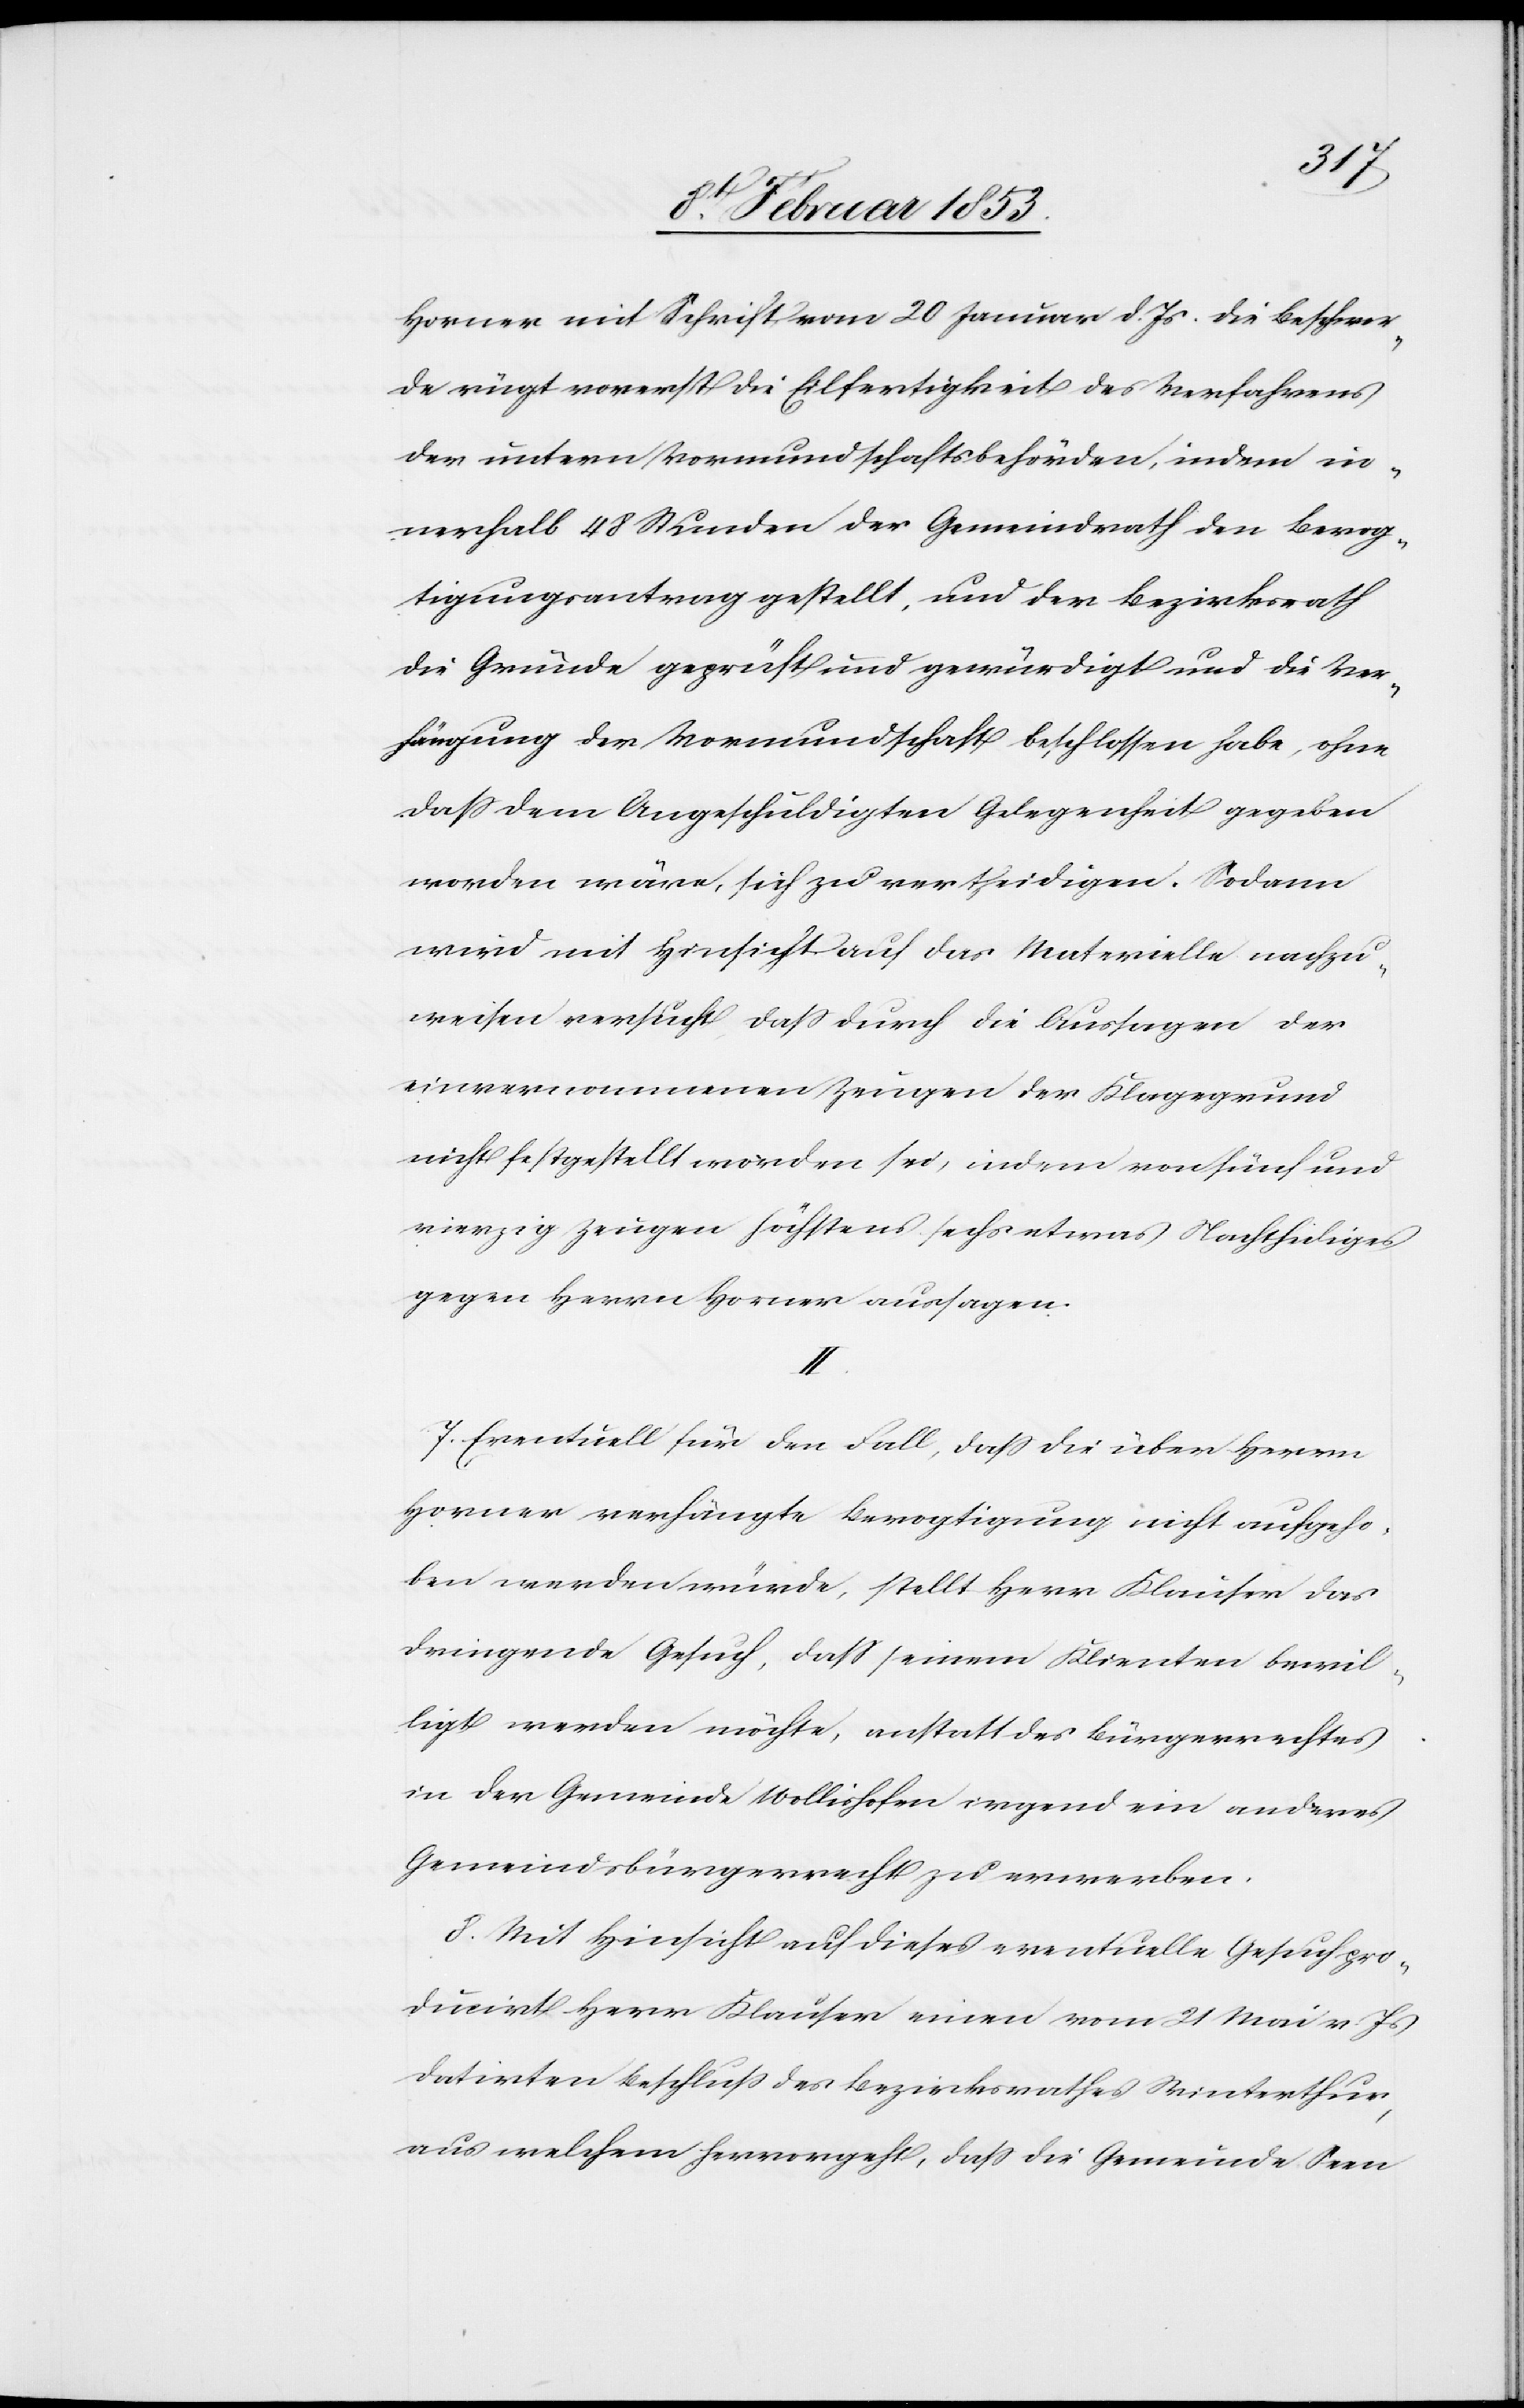
Horner mit Schrift vom 20 Januar d. Js. Die Beschwer¬
de rügt vorerst die Eilfertigkeit des Verfahrens
der untern Vormundschaftsbehörden, indem in¬
nerhalb 48 Stunden der Gemeindrath den Bevog¬
tigungsantrag gestellt, und der Bezirksrath
die Gründe geprüft und gewürdigt und die Ver¬
fügung der Vormundschaft beschlossen habe, ohne
daß dem Angeschuldigten Gelegenheit gegeben
worden wäre, sich zu vertheidigen. Sodann
wird mit Hinsicht auf das Materielle nachzu¬
weisen versucht, daß durch die Aussagen der
einvernommenen Zeugen der Klagegrund
nicht festgestellt worden sei, indem von fünf und
vierzig Zeugen höchstens sechs etwas Nachtheiliges
gegen Herrn Horner aussagen.
II.
7 Eventuell für den Fall, daß die über Herrn
Horner verhängte Bevogtigung nicht aufgeho¬
ben werden würde, stellt Herr Klauser das
dringende Gesuch, daß seinem Klienten bewil¬
ligt werden möchte, anstatt des Bürgerrechtes
in der Gemeinde Wollishofen irgend ein anderes
Gemeindsbürgerrecht zu erwerben.
8, Mit Hinsicht auf dieses eventuelle Gesuch pro¬
duzirt Herr Klauser einen vom 21 Mai v. Js.
datirten Beschluß des Bezirksrathes Winterthur
aus welchem hervorgeht, daß die Gemeinde Seen